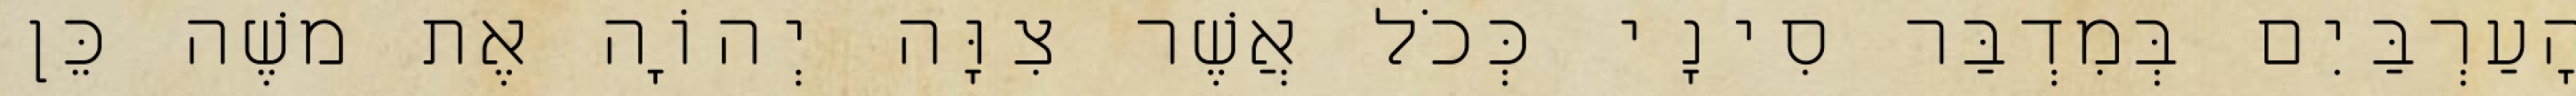
הָעַרְבַּיִם בְּמִדְבַּר סִינָי כְּכֹל אֲשֶׁר צִוָּה יְהוָֹה אֶת משֶׁה כֵּן